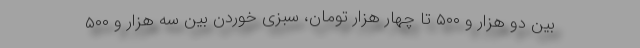
بین دو هزار و ۵۰۰ تا چهار هزار تومان، سبزی خوردن بین سه هزار و ۵۰۰